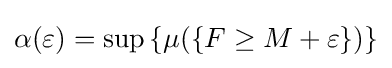
\alpha (\varepsilon )=\sup \left\{\mu (\{F\geq M+\varepsilon \})\right\}